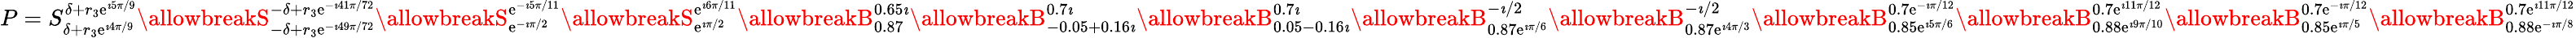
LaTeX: P=S_{\delta+r_{3}\mathrm{e}^{\imath4\pi/9}}^{\delta+r_{3}\mathrm{e}^{\imath5\pi/9}}\allowbreakS_{-\delta+r_{3}\mathrm{e}^{-\imath49\pi/72}}^{-\delta+r_{3}\mathrm{e}^{-\imath41\pi/72}}\allowbreakS_{\mathrm{e}^{-\imath\pi/2}}^{\mathrm{e}^{-\imath5\pi/11}}\allowbreakS_{\mathrm{e}^{\imath\pi/2}}^{\mathrm{e}^{\imath6\pi/11}}\allowbreakB_{0.87}^{0.65\imath}\allowbreakB_{-0.05+0.16\imath}^{0.7\imath}\allowbreakB_{0.05-0.16\imath}^{0.7\imath}\allowbreakB_{0.87\mathrm{e}^{\imath\pi/6}}^{-\imath/2}\allowbreakB_{0.87\mathrm{e}^{\imath4\pi/3}}^{-\imath/2}\allowbreakB_{0.85\mathrm{e}^{\imath5\pi/6}}^{0.7\mathrm{e}^{-\imath\pi/12}}\allowbreakB_{0.88\mathrm{e}^{\imath9\pi/10}}^{0.7\mathrm{e}^{\imath11\pi/12}}\allowbreakB_{0.85\mathrm{e}^{\imath\pi/5}}^{0.7\mathrm{e}^{-\imath\pi/12}}\allowbreakB_{0.88\mathrm{e}^{-\imath\pi/8}}^{0.7\mathrm{e}^{\imath11\pi/12}}